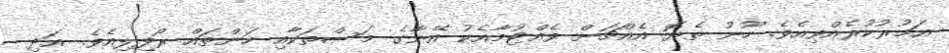
އަމުރުކުރެއްވިއެވެ. ހޫނު ތެޔޮ އެއްޗަށް ވެއްޓުމާއެކު އޭނާގެ މަސްތަކާއި ހަންތައް ރޯފިލިއެވެ. އަދި